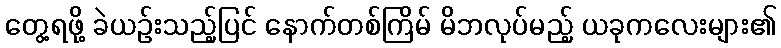
တွေ့ရဖို့ ခဲယဉ်းသည့်ပြင် နောက်တစ်ကြိမ် မိဘလုပ်မည့် ယခုကလေးများ၏